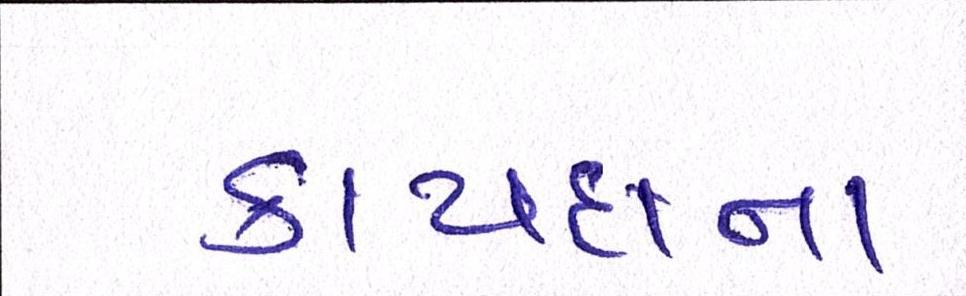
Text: કાયદાના